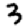
Digit: 3